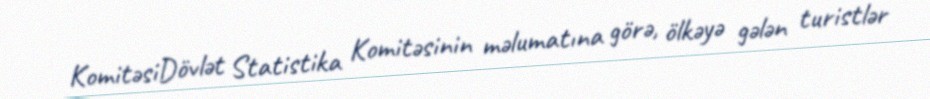
KomitəsiDövlət Statistika Komitəsinin məlumatına görə, ölkəyə gələn turistlər